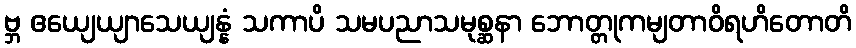
ဗ္ဘ ဧယျေယျာသေယျန္နံ သကာပိ သမပညာသမုစ္ဆနာ ဘောတ္တုကမျတာဝိရဟိတောတိ